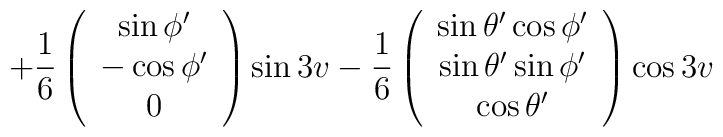
\qquad\!\!\!\!\!  +{1\over 6} \left( \begin{array}{c}  \sin{\phi'} \\ -\cos{\phi'} \\ 0 \end{array} \right) \sin{3v} -{1\over 6} \left( \begin{array}{c}  \sin{\theta'}\cos{\phi'} \\ \sin{\theta'}\sin{\phi'} \\  \cos{\theta'}  \end{array} \right) \cos{3v}